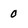
Character: 0